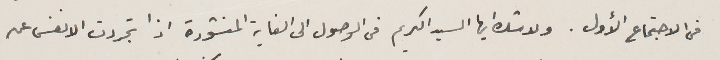
في الاجتماع الأول. ولا شك ايها السيد الكريم من الوصول الى الغاية المنشودة اذا تجردت الانفس عن